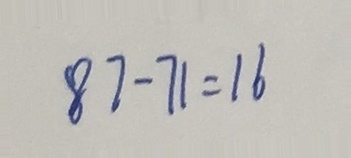
8 7 - 7 1 = 1 6